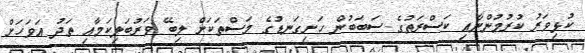
ކުޅިވަރު ކުރުމުންނާއި ކަސްރަތުގެ ސަބަބުން ހަށިގަނޑުގެ މަސްތަކަށް ލިބޭ ވަރުބަލިކަމާއި ތަދު އަވަހަށް